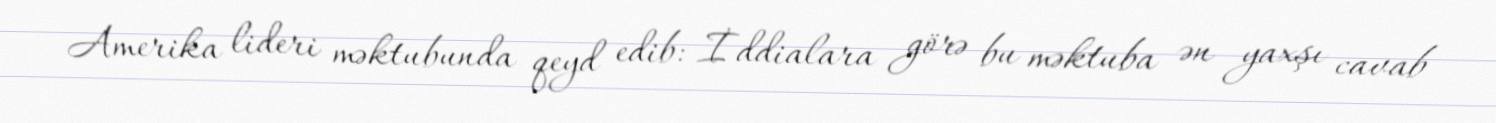
Amerika lideri məktubunda qeyd edib: İddialara görə bu məktuba ən yaxşı cavab